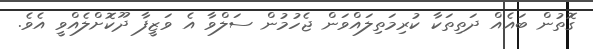
ގޮތުން ބައެއް ދަތިތަކާ ކުރިމަތިލައްވަން ޖެހުމުން ސަލްވާ އެ ވަޒީފާ ދޫކޮށްލެއްވީ އެވެ.